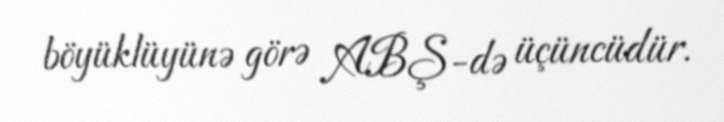
böyüklüyünə görə ABŞ-də üçüncüdür.